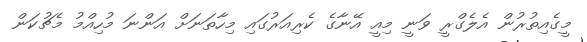
މީގެއިތުރުން އެލެގްރީ ވަނީ މިއީ އޭނާގެ ކެރިއަރުގައި މިހާތަނަށް އަންނަ މުހިއްމު މެޗުކަން